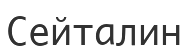
Сейталин